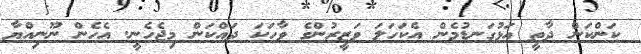
ކަންކަން ދާތީ އަޅުގަނޑުމެން އެކަހަލަ ވަޒީރުންގެ ވާހަކަ ދައްކަން މިޖެހެނީ. އެހެން ނޫނިއްޔާ